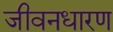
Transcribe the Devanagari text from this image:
जीवनधारण